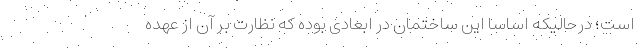
است؛ درحالیکه اساسا این ساختمان در ابعادی بوده که نظارت بر آن از عهده